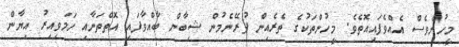
މީހުންވެސް އެއްވެފައިއޮތެވެ. މީހުންތަކުގެ ތެރެއިން ފުރޭނެމުން ޝިބާން ބާއްވާފައި އޮތްތަނާއި ހަމަވިއިރު އިޔާން